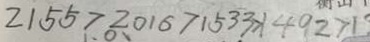
2 1 5 5 > 2 0 1 6 > 1 5 3 3 > 1 4 9 2 > 1